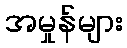
အမှုန်များ